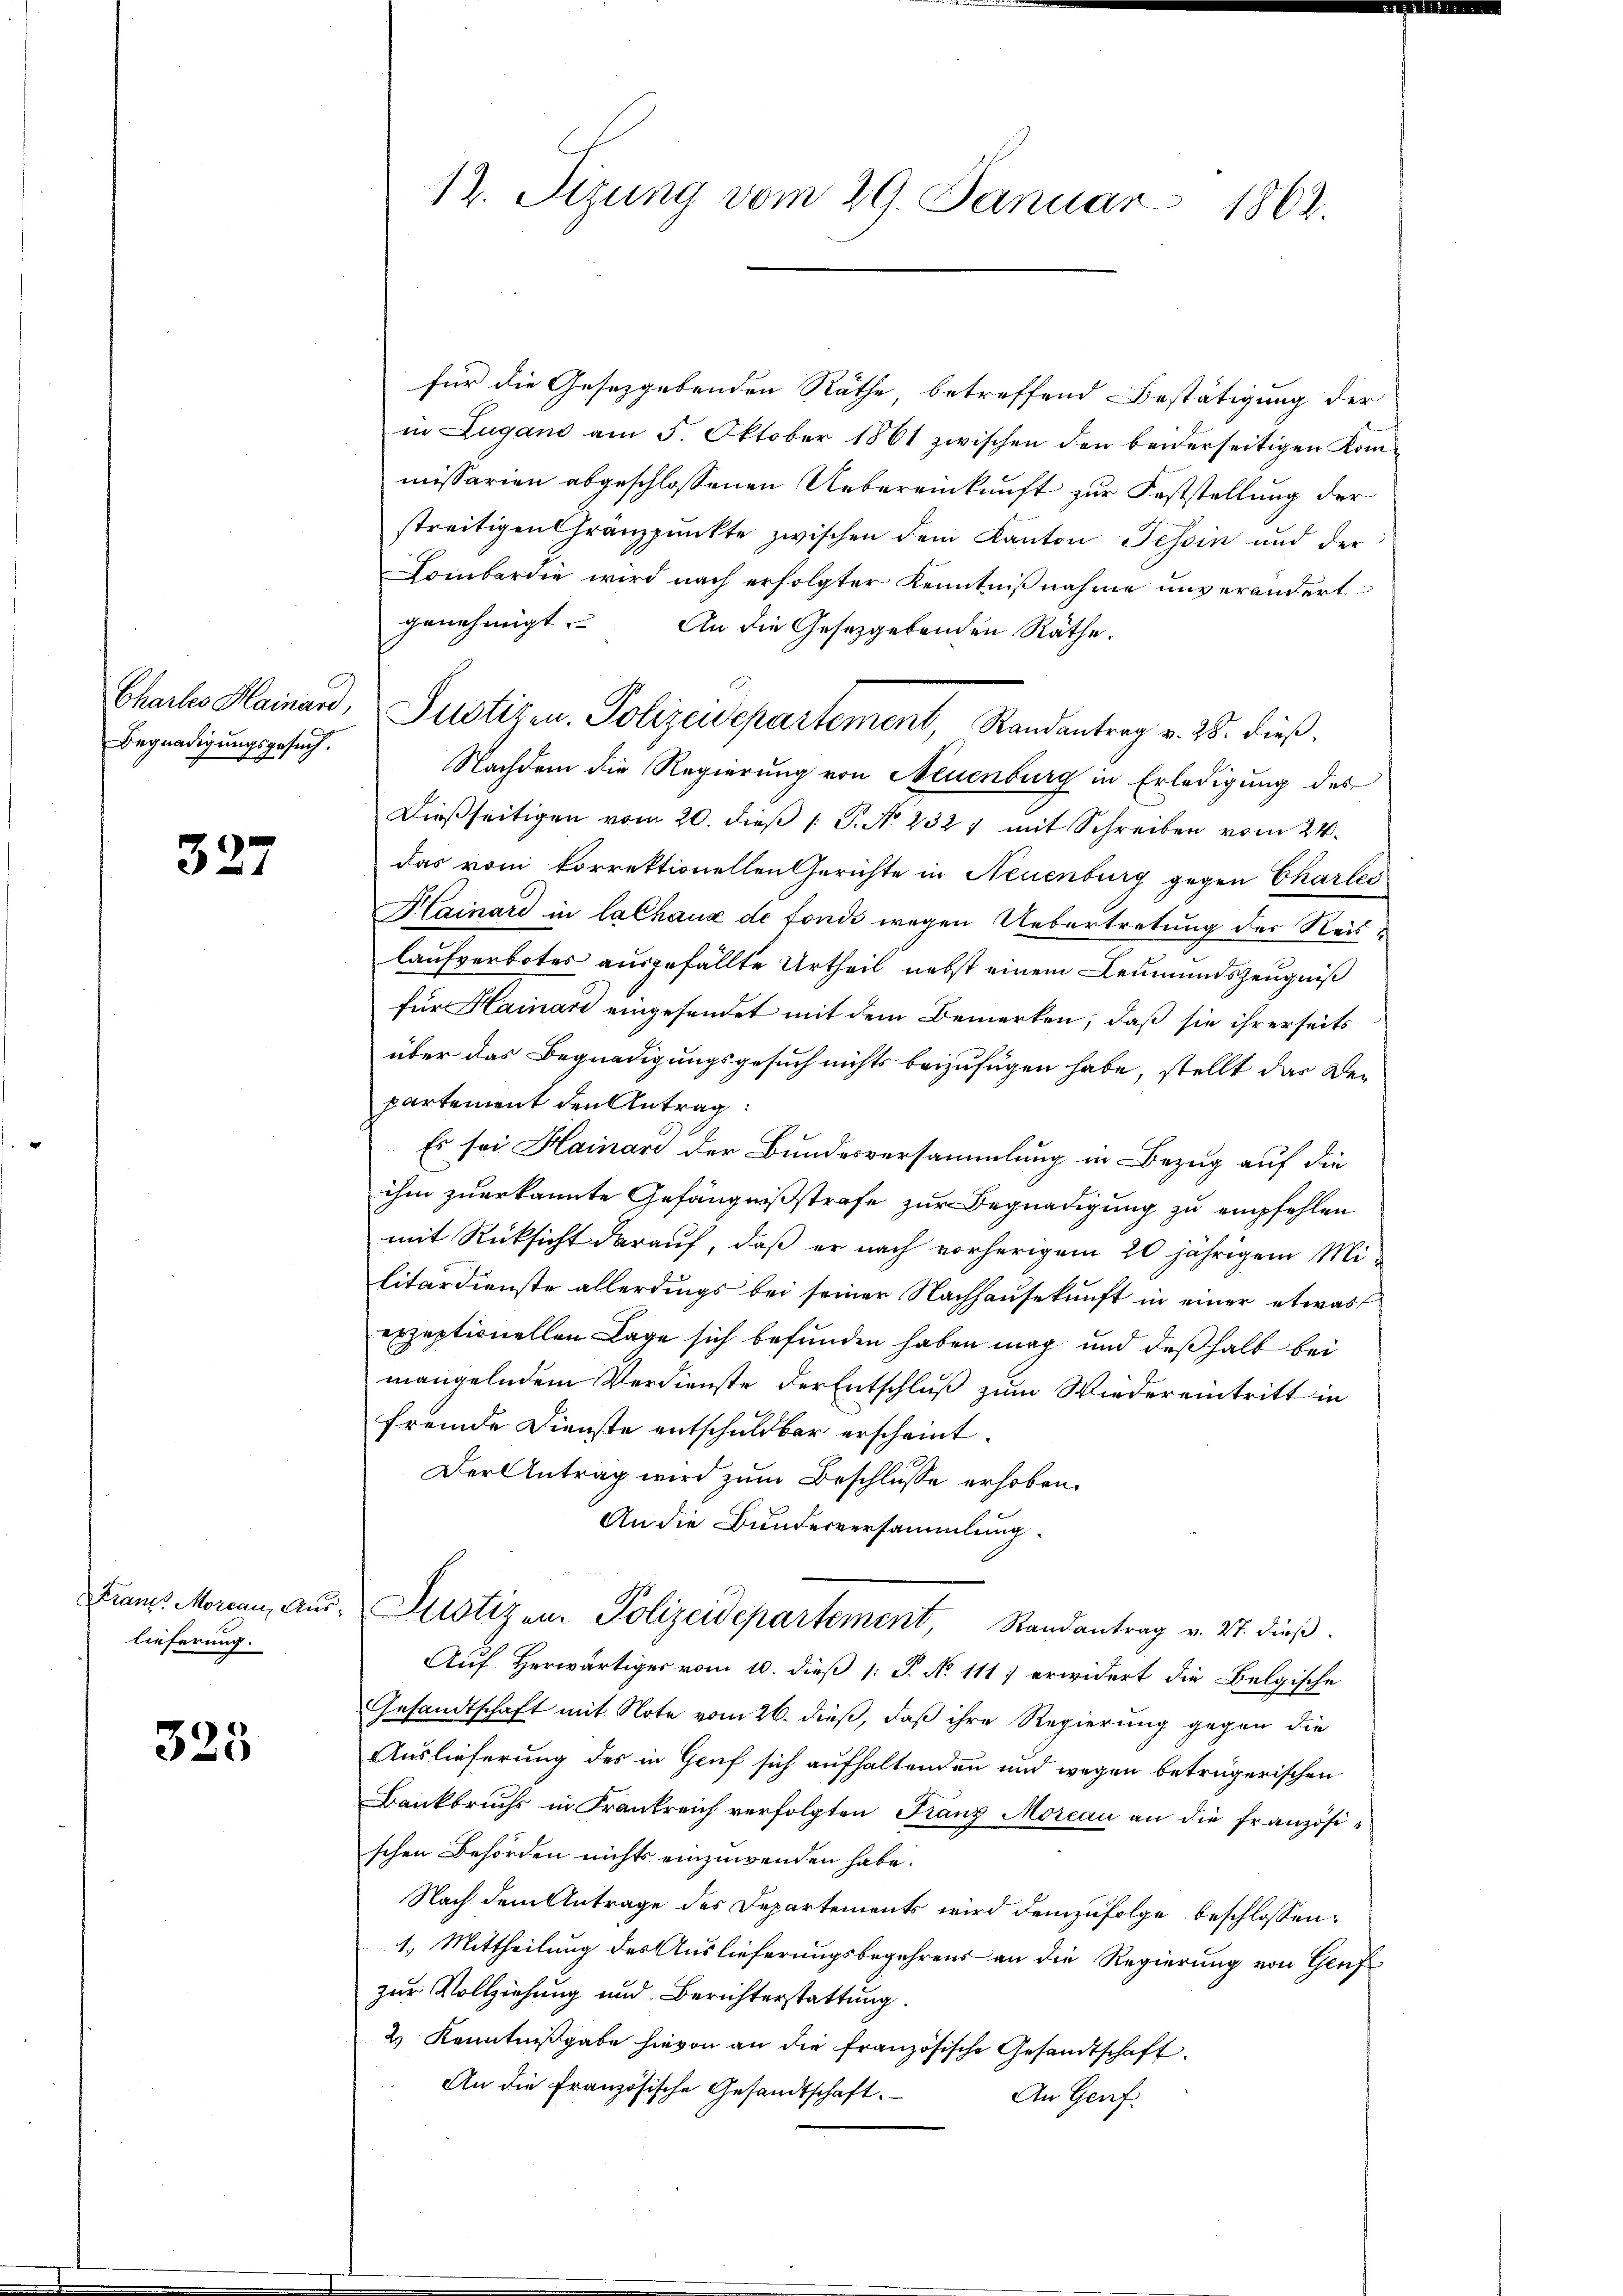
Begnadigungsgesuch.

327

Krancs Morcau, Auslieferung.

325

17. Sizung vom 29. Januar 1862.

für die Gesetzgebenden Räthe, betreffend Bestätigung der
in Lugano am 5. Oktober 1861 zwischen den beiderseitigen Kom-
missarien abgeschlossenen Uebereinkunft zur Feststellung der
streitigen Gränzpunkte zwischen dem Kanton Tessin und der
Lombardie wird nach erfolgter Kenntnißnahme unverändert,
genehmigt. An die Gesetzgebenden Räthe.
Chartes Hainan, Justizen. Polizeidepartement, Randantrag v. 28. dieß.
Nachdem die Regierung von Neuenburg in Erledigung des
Dießseitigen vom 20. dieß P. No 232 7 mit Schreiben vom 24.
das vom korrektionellen Gerichte in Neuenburg gegen Charlei
Hainard in lalhaus de fonds wegen Uebertretung der Reislaufverbotes ausgefällte Urtheil nebst einem Leumundszeugniß
für Hainari eingesendet mit dem Bemerken, daß sie ihrerseits
über das Begnadigungsgesuch nichts beizufügen habe, stellt das De-
partement den Antrag:
Es sei Hainari der Bundesversammlung in Bezug auf die
ihm zuerkannte Gefängnißstrafe zur Begnadigung zu empfehlen
mit Rücksicht darauf, daß er nach vorherigem 20 jährigem Militärdienste allerdings bei seiner Nachhaŭsekŭnft in einer etwas
exzeptionellen Lage sich befunden haben mag und deßhalb bei
mangelndem Verdienste der Entschluß zum Wiedereintritt in
fremde Dienste entschuldbar erscheint
Der Antrag wird zum Beschlusse erhoben.
An die Bunderversammlung.
Justizem. Polizeidepartement, Randantrag v. 27. dieβ.
Auf Herwärtiger vom 10. dieß 1: P. No 111) erwidert die Belgische
Gesandtschaft mit Note vom 26. dieß, daß ihre Regierung gegen die
Auslieferung des in Gruf sich aufhaltenden und wegen beträgerischen
Bankbruchs in Frankreich verfolgten Franz Moreau an die französischen Behörden nichts einzuwenden habe.
Nach dem Antrage des Departements wird demzufolge beschlossen:
1. Mittheilung des Auslieferungsbegehrens an die Regierung von Genf
zur Vollziehung und Berichterstattung.
2) Kenntnißgabe hievon an die französische Gesandtschaft.
An die französische Gesandtschaft.
An Genf.